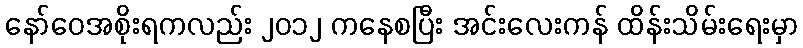
နော်ဝေအစိုးရကလည်း ၂၀၁၂ ကနေစပြီး အင်းလေးကန် ထိန်းသိမ်းရေးမှာ